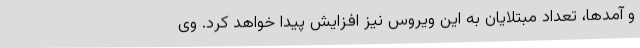
و آمدها، تعداد مبتلایان به این ویروس نیز افزایش پیدا خواهد کرد. وی